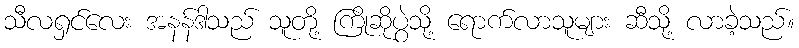
သီလရှင်လေး အနန်ဒါသည် သူတို့ ကြိုဆိုပွဲသို့ ရောက်လာသူများ ဆီသို့ လာခဲ့သည်။